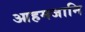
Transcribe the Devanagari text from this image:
आहमजानि